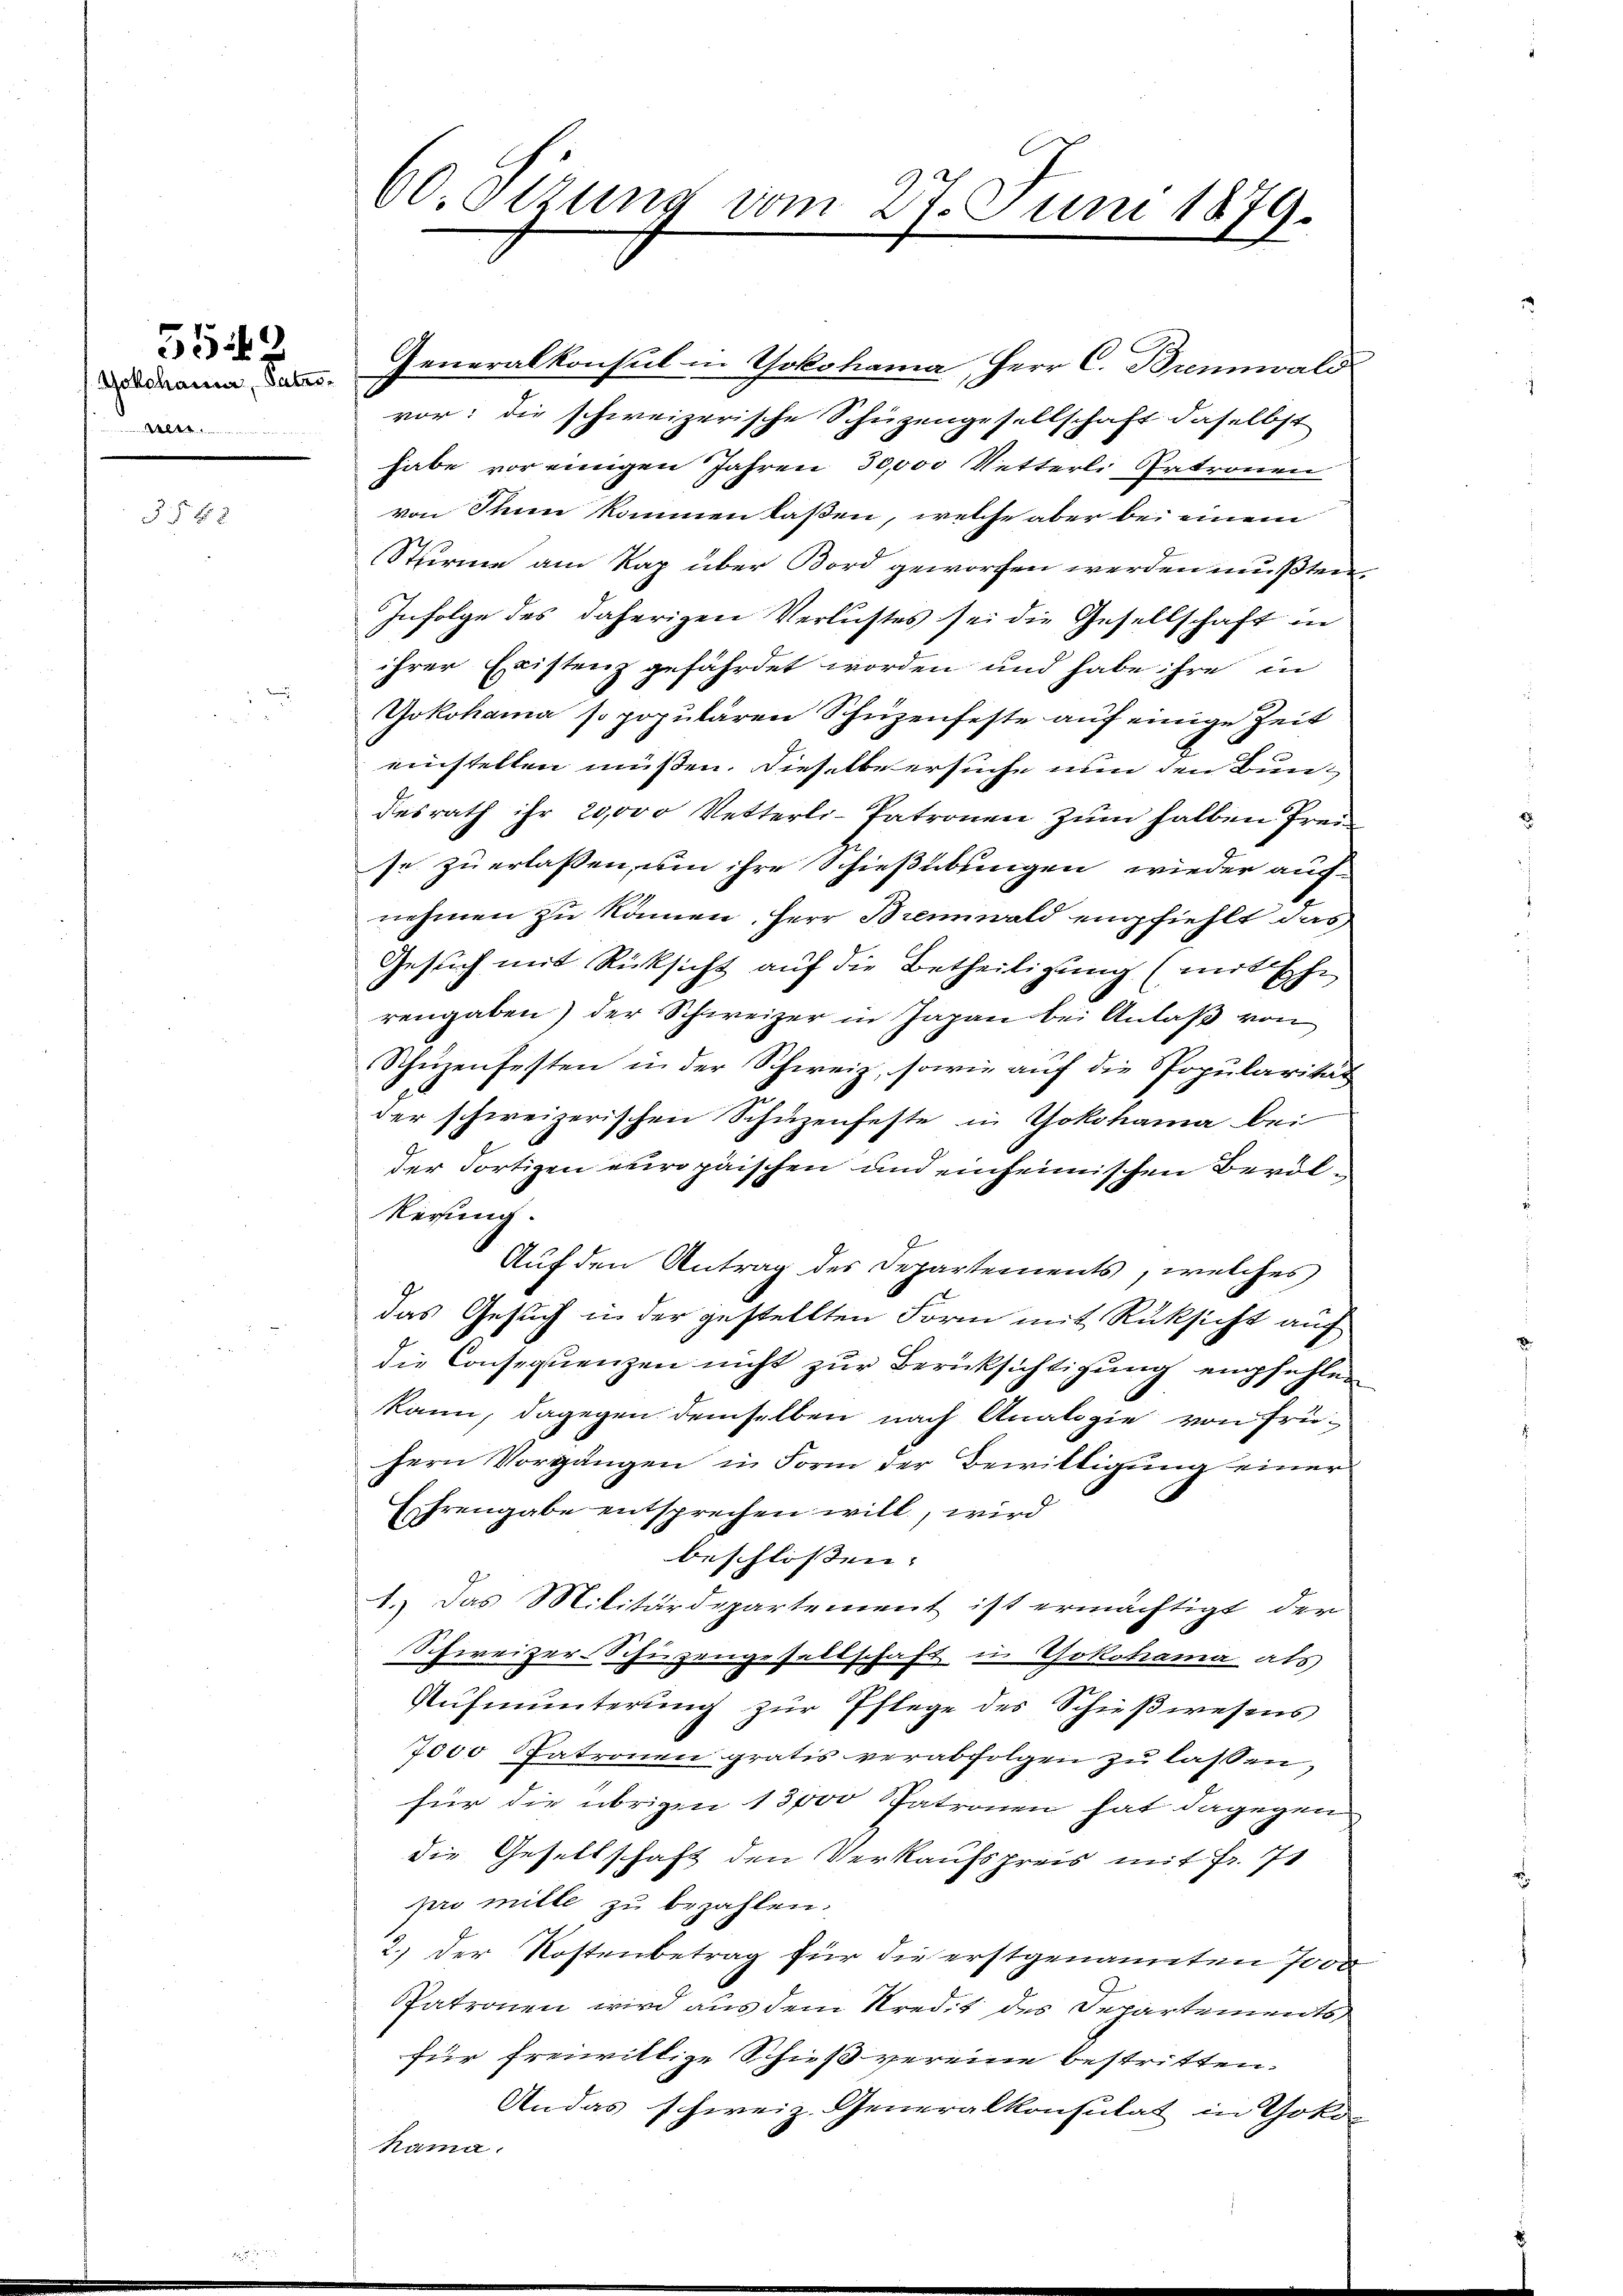
5542

Yokohauer, Patro¬
.. . . . .

f 8 x

60. Etzung vom 27. Juni 1879.

Generalkonsul in Yokohama, Herr C. Brennwald
vor: die schweizerische Schüzengesellschaft daselbst
habe vor einigen Jahren 30,000 Vetterl. Artronen
von Thun kommen laßen, welche aber bei einem
Sturme am Rap über Bord geworfen werden mußten.
Infolge des daherigen Verlustes sei die Gesellschaft in
ihrer Existenz gefährdet worden und habe ihre in
Yokohama so populären Schüzenfeste auf einige Zeit
einstellen müßen. Dieselbe ersuche nun den Bundesrath ihr 20,000 Vetterli-Patronen zŭm halben frei
se zu erlassen, um ihre Schießübungen wieder aufnehmen zu können, Herr Brennwald empfiehlt das
Gesuch mit Rücksicht auf die Betheiligung (mit Ehe
rengaben) der Schweizer in Japan bei Anlaß von
Schüzenfesten in der Schweiz, sowie auf die Spopularität
der schweizerischen Schüzenfeste in Yokohama bei
der dortigen europäischen und einheimischen Bevöl
kerung.
Auf den Antrag des Departements, welches
das Gesuch in der gestellten Form mit Rücksicht auch
die Consequenzen nicht zur Berücksichtigung empfehlen
kann, dagegen demselben nach Analogie von frü-
Hern Vorgängen in Form der Bewilligung einer
Efrengabe entsprechen will, wird
beschlossen:
1.) Das Militärdepartement ist ermächtigt der
Schweizer-Schüzengesellschaft in Yokohama als
Aŭfmunterŭng zŭr Pflege des Schieβwesens
7000 Patronen gratis verabfolgen zŭ lassen,
für die übrigen 13000 Patronen hat dagegen
die Gesellschaft den Verkaufspreis mit Fr. 71
pro mitte zu bezahlen.
2.) Der Kostenbetrag für die erstgenannten Jood
Patronen wird aus dem Kredit des Departements
für freiwillige Schießvereine bestritten.
Andas schweiz. Generalkonsulat in Yoko
Nama.